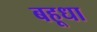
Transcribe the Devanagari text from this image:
बहूधा